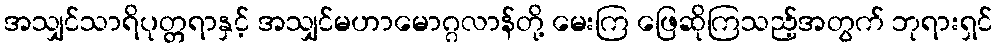
အသျှင်သာရိပုတ္တရာနှင့် အသျှင်မဟာမောဂ္ဂလာန်တို့ မေးကြ ဖြေဆိုကြသည့်အတွက် ဘုရားရှင်